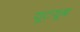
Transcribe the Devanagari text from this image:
यूटयूब